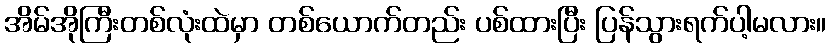
အိမ်အိုကြီးတစ်လုံးထဲမှာ တစ်ယောက်တည်း ပစ်ထားပြီး ပြန်သွားရက်ပါ့မလား။